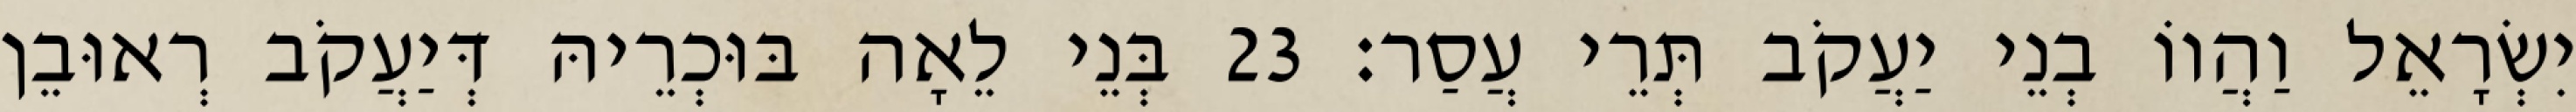
יִשְׂרָאֵל וַהֲווֹ בְנֵי יַעֲקֹב תְּרֵי עֲסַר׃ 23 בְּנֵי לֵאָה בּוּכְרֵיהּ דְּיַעֲקֹב רְאוּבֵן